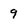
Character: 9